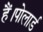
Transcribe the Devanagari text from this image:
हैं।पोलार्ड